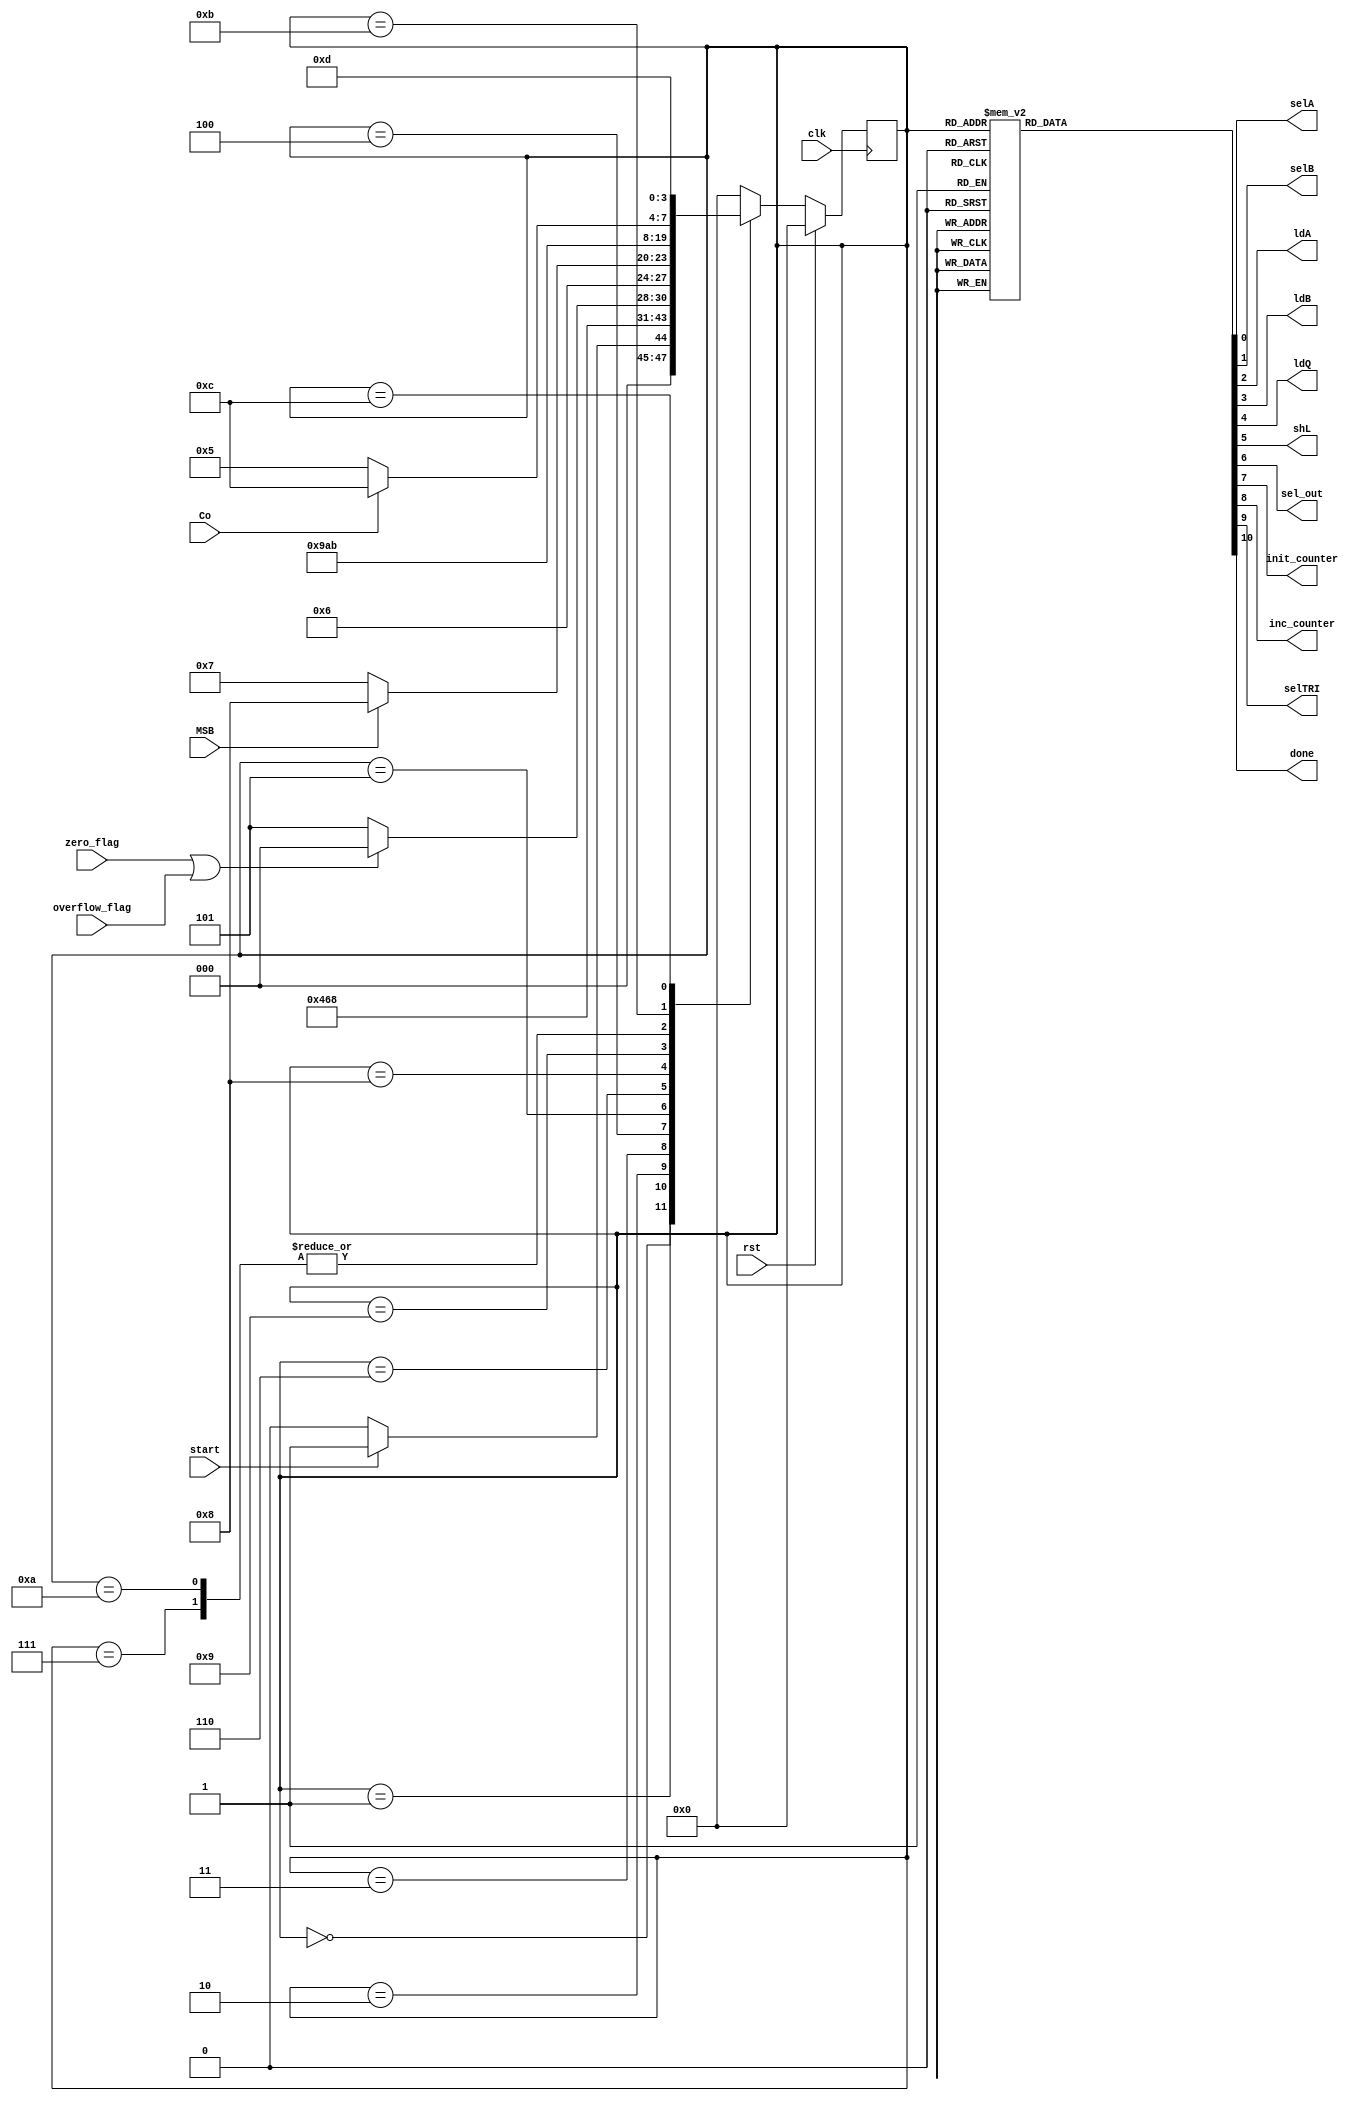
`define S0 4'd0
`define S1 4'd1
`define S2 4'd2
`define S3 4'd3
`define S4 4'd4
`define S5 4'd5
`define S6 4'd6
`define S7 4'd7
`define S8 4'd8
`define S9 4'd9
`define S10 4'd10
`define S11 4'd11
`define S12 4'd12
`define S13 4'd13

module controller(MSB,zero_flag,overflow_flag,Co,start,clk,rst,selA,selB,ldA,ldB,ldQ,shL,sel_out,init_counter,inc_counter,selTRI,done);
	input MSB,zero_flag,overflow_flag,Co,start,clk,rst;
	output selA,selB,ldA,ldB,ldQ,shL,sel_out,init_counter,inc_counter,selTRI,done;
	reg selA,selB,ldA,ldB,ldQ,shL,sel_out,init_counter,inc_counter,selTRI,done;
	reg [3:0] ps,ns;
	always @(posedge clk)begin
		if(rst)
			ps <= `S0;
		else
			ps <= ns;
	end
	always @(ps,start)begin
		ns=`S0;
		case(ps)
			`S0:ns = start?`S1:`S0;
			`S1:ns = `S2;
			`S2:ns = `S3;
			`S3:ns = `S4;
			`S4:ns = (zero_flag|overflow_flag)?`S0:`S5;
			`S5:ns = `S6;
			`S6:ns = MSB?`S8:`S7;
			`S7:ns = `S11;
			`S8:ns =`S9;
			`S9:ns = `S10;
			`S10:ns = `S11;
			`S11:ns = Co?`S12:`S5;
			`S12:ns = `S13;
			`S13:ns = `S0;
			default:ns = `S0;
		endcase
	end
	always @(ps)begin
		{selA,selB,ldA,ldB,ldQ,shL,sel_out,done,init_counter,inc_counter,selTRI}=11'd0;
		case(ps)
			`S0:;
			`S1:{selB,ldB} = 2'b01;
			`S2:{selA,ldA}=2'b01;
			`S3:ldQ = 1'b1;
			`S4:init_counter = 1'b1;
			`S5:shL = 1'b1;
			`S6:;
			`S7:{selA,selB,ldA,ldB,inc_counter} = 5'b11111;
			`S8:{selA,ldA} = 2'b11;
			`S9:;
			`S10:{selA,ldA,inc_counter} = 3'b111;
			`S11:;
			`S12:{selTRI,sel_out,done}=3'b101;
			`S13:{selTRI,sel_out,done}=3'b111;
		endcase
	end
endmodule